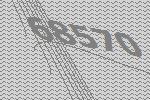
68570